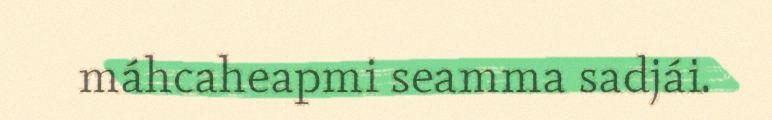
máhcaheapmi seamma sadjái.